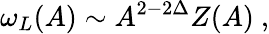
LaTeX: \omega_{L}(A)\sim A^{2-2\Delta}Z(A)\ ,